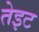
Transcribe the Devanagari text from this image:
तेइट